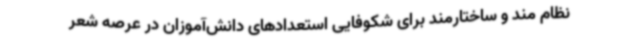
نظام مند و ساختارمند برای شکوفایی استعدادهای دانش‌آموزان در عرصه شعر